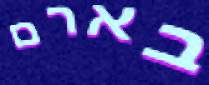
בארם